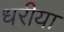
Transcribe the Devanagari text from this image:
धरीया